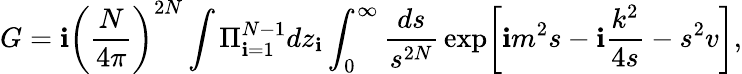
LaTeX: G=\mathbf{i}\left(\frac{{N}}{{4\pi}}\right)^{2N}\int\Pi_{\mathbf{i}=1}^{N-1}dz_{\mathbf{i}}\int_{0}^{\infty}\frac{{ds}}{{s^{2N}}}\, \mathrm{{exp}}\biggl[\mathbf{i}m^{2}s-\mathbf{i}\frac{{k^{2}}}{{4s}}-s^{2}v\biggr],